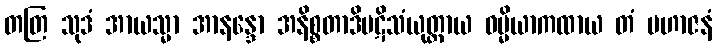
တတြ သုဒံ အာယသ္မာ အာနန္ဒော အနိစ္စတာဒိပဋိသံယုတ္တာယ ဓမ္မိယာကထာယ တံ မဟာဇနံ